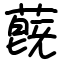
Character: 蔇